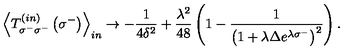
{ \left< T _ { \sigma ^ { - } \sigma ^ { - } } ^ { \left( i n \right) } \left( \sigma ^ { - } \right) \right> } _ { i n } \rightarrow - { \frac { 1 } { 4 \delta ^ { 2 } } } + { \frac { \lambda ^ { 2 } } { 4 8 } } \left( 1 - { \frac { 1 } { { \left( 1 + \lambda \Delta e ^ { \lambda \sigma ^ { - } } \right) } ^ { 2 } } } \right) .